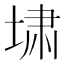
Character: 㙌